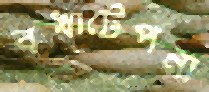
বখাটেপনা